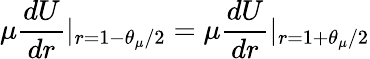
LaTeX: \mu\frac{dU}{dr}|_{r=1-\theta_{\mu}/2}=\mu\frac{dU}{dr}|_{r=1+\theta_{\mu}/2}